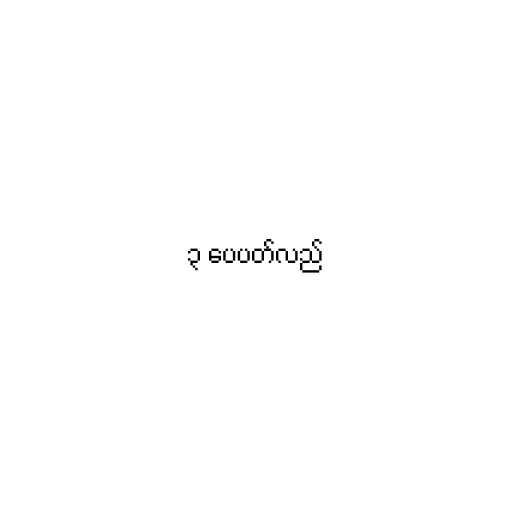
၃ ပေပတ်လည်